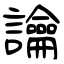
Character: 讑